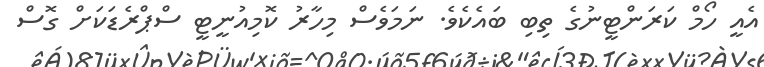
އެއީ ހޯމް ކަރަންޓީނުގެ ތިބި ބައެކެވެ. ނަމަވެސް މިހާރު ކޮމިއުނީޓީ ސްޕްރެޑަކަށް ގޮސް